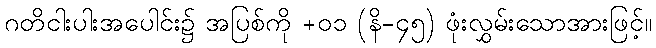
ဂတိငါးပါးအပေါင်း၌ အပြစ်ကို +၀၁ (နိ-၄၅) ဖုံးလွှမ်းသောအားဖြင့်။